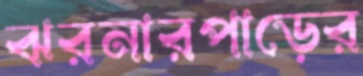
ঝরনারপাড়ের